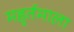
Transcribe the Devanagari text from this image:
महुर्तमाला